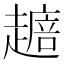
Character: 𧽴